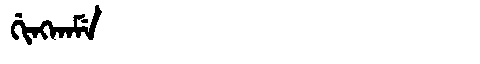
Manchu: ᡤᡳᠩᡴᠠᠮᡝ
Romanization: GINGKAME